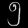
Digit: ၅